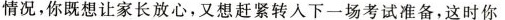
情况，你既想让家长放心，又想赶紧转入下一场考试准备，这时你